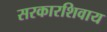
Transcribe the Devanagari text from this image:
सरकारशिवाय